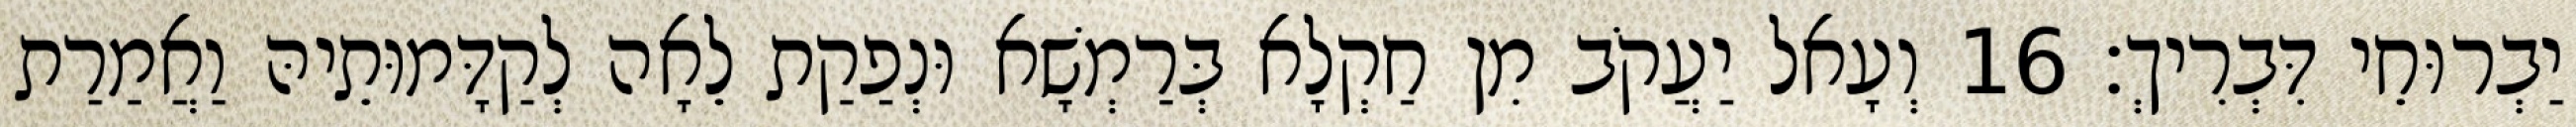
יַבְרוּחֵי דִּבְרִיךְ׃ 16 וְעָאל יַעֲקֹב מִן חַקְלָא בְּרַמְשָׁא וּנְפַקַת לֵאָה לְקַדָּמוּתֵיהּ וַאֲמַרַת